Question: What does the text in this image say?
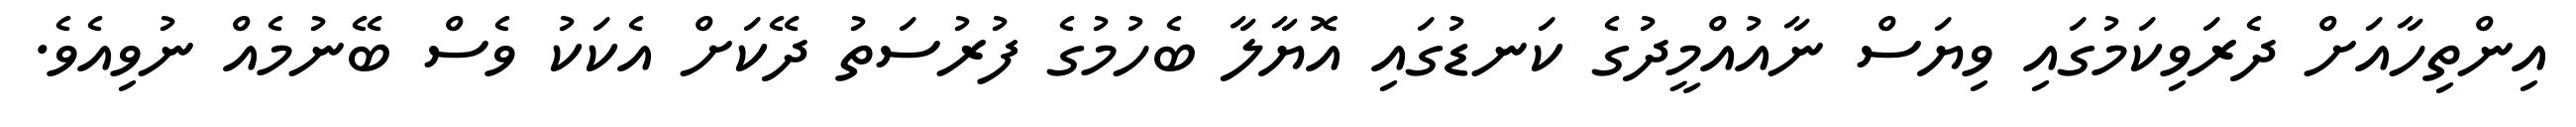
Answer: އިންތިހާއަށް ދެރަވިކަމުގައި ވިޔަސް ނާއުއްމީދުގެ ކަނޑުގައި އޮޔާލާ ބެހުމުގެ ފުރުސަތު ދޭކަށް އެކަކު ވެސް ބޭނުމެއް ނުވިއެވެ.